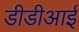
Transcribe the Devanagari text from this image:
डीडीआई